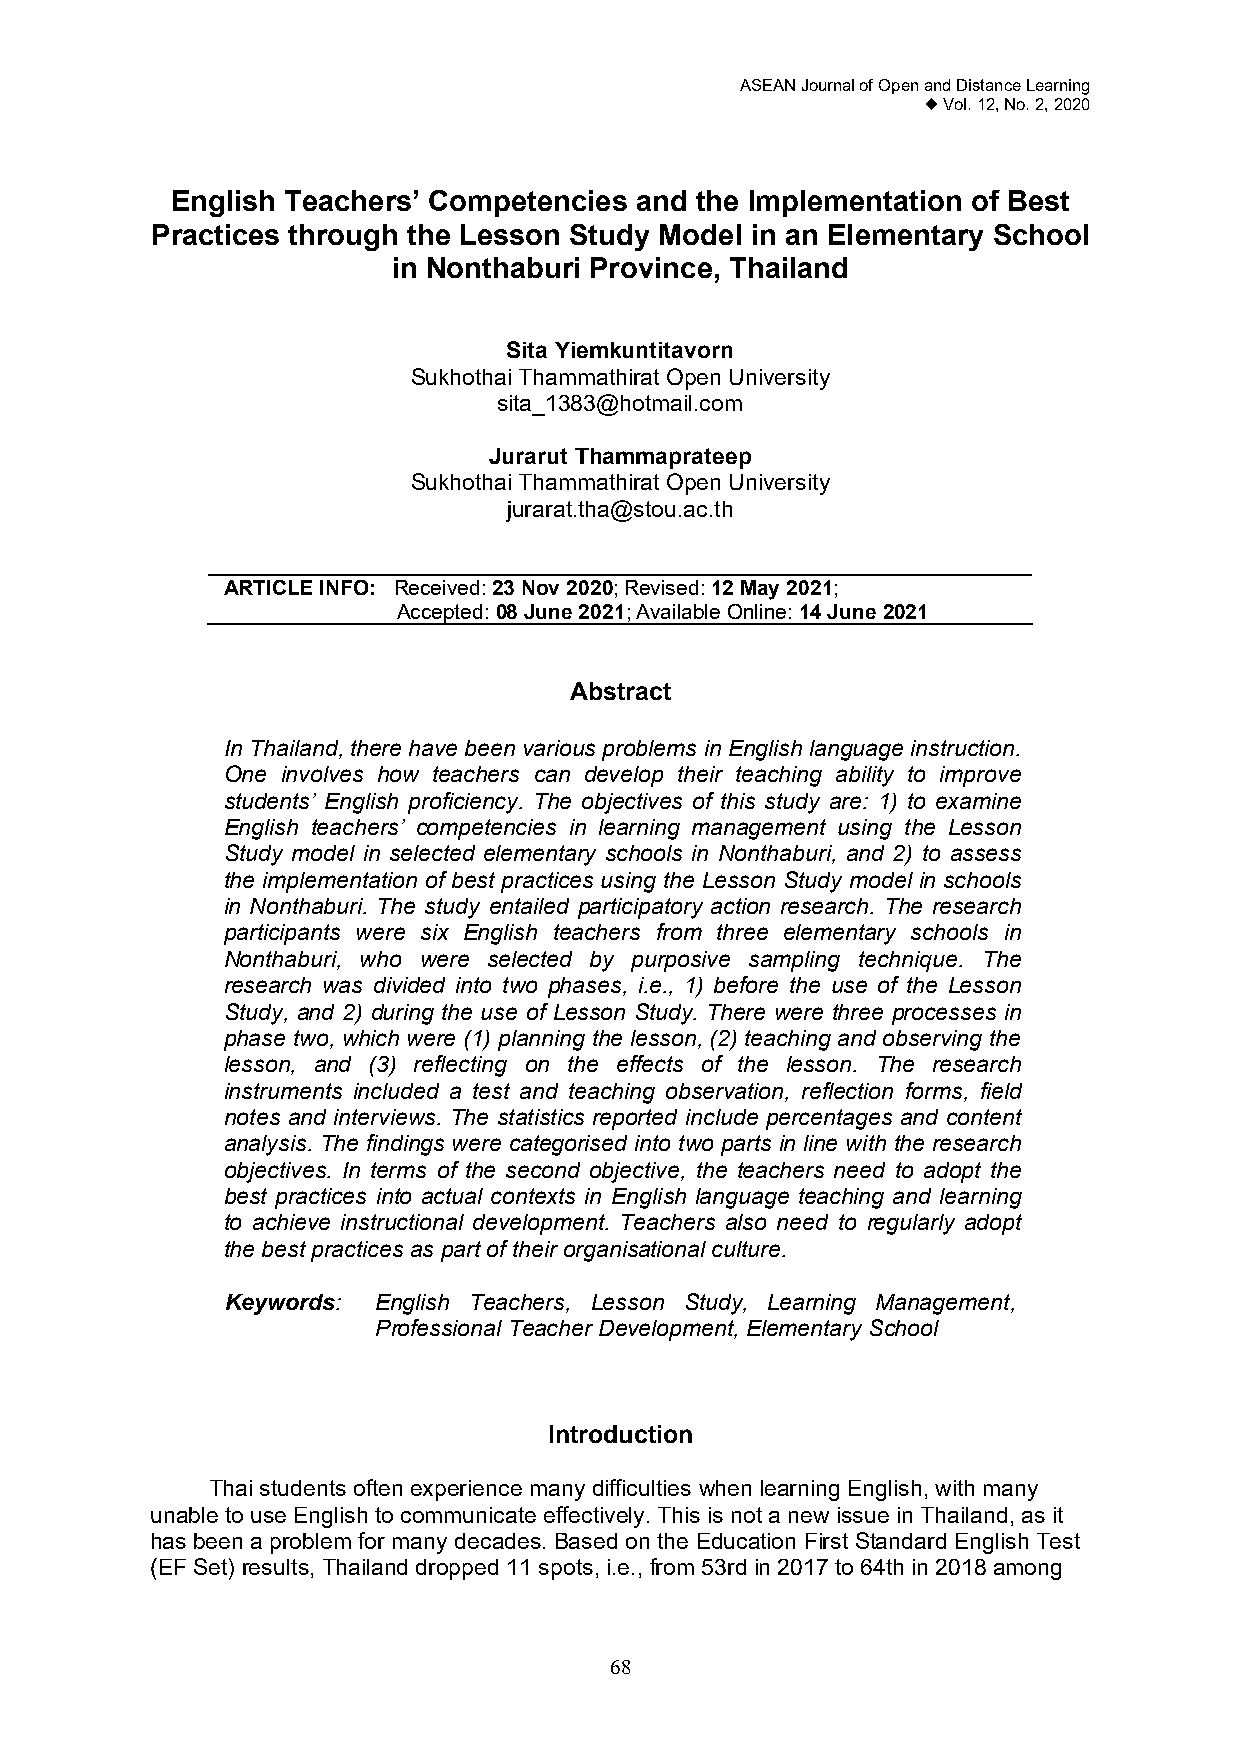
ASEAN Journal of Open and Distance Learning
  Vol. 12, No. 2, 2020
 English Teachers’ Competencies and the Implementation of Best
 Practices through the Lesson Study Model in an Elementary School
 in Nonthaburi Province, Thailand
 Sita Yiemkuntitavorn
 Sukhothai Thammathirat Open University
 sita_1383@hotmail.com
 Jurarut Thammaprateep
 Sukhothai Thammathirat Open University
 jurarat.tha@stou.ac.th
 ARTICLE INFO: Received: 23 Nov 2020; Revised: 12 May 2021;
 Accepted: 08 June 2021; Available Online: 14 June 2021
 Abstract
 In Thailand, there have been various problems in English language instruction.
 One involves how teachers can develop their teaching ability to improve
 students’ English proficiency. The objectives of this study are: 1) to examine
 English teachers’ competencies in learning management using the Lesson
 Study model in selected elementary schools in Nonthaburi, and 2) to assess
 the implementation of best practices using the Lesson Study model in schools
 in Nonthaburi. The study entailed participatory action research. The research
 participants were six English teachers from three elementary schools in
 Nonthaburi, who were selected by purposive sampling technique. The
 research was divided into two phases, i.e., 1) before the use of the Lesson
 Study, and 2) during the use of Lesson Study. There were three processes in
 phase two, which were (1) planning the lesson, (2) teaching and observing the
 lesson, and (3) reflecting on the effects of the lesson. The research
 instruments included a test and teaching observation, reflection forms, field
 notes and interviews. The statistics reported include percentages and content
 analysis. The findings were categorised into two parts in line with the research
 objectives. In terms of the second objective, the teachers need to adopt the
 best practices into actual contexts in English language teaching and learning
 to achieve instructional development. Teachers also need to regularly adopt
 the best practices as part of their organisational culture.
 Keywords: English Teachers, Lesson Study, Learning Management,
 Professional Teacher Development, Elementary School
 Introduction
 Thai students often experience many difficulties when learning English, with many
 unable to use English to communicate effectively. This is not a new issue in Thailand, as it
 has been a problem for many decades. Based on the Education First Standard English Test
 (EF Set) results, Thailand dropped 11 spots, i.e., from 53rd in 2017 to 64th in 2018 among
 68